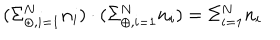
( \Sigma _ { \oplus , i = 1 } ^ { N } { \bf n } _ { i } ) \cdot ( \Sigma _ { \oplus , i = 1 } ^ { N } { \bf n } _ { i } ) = \Sigma _ { i = 1 } ^ { N } n _ { i }